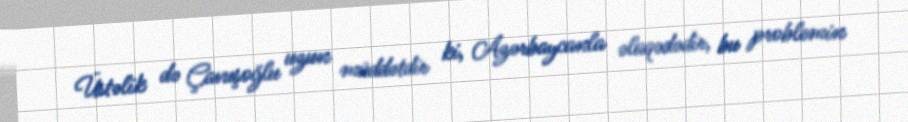
Üstəlik də Çavuşoğlu uzun müddətdir ki, Azərbaycanla əlaqədədir, bu problemin